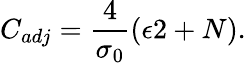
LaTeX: C_{adj}=\frac{4}{\sigma_{0}}\left(\epsilon 2+N\right).